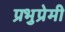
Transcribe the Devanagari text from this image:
प्रभुप्रेमी